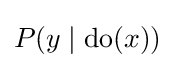
P(y\mid \mathrm {do} (x))